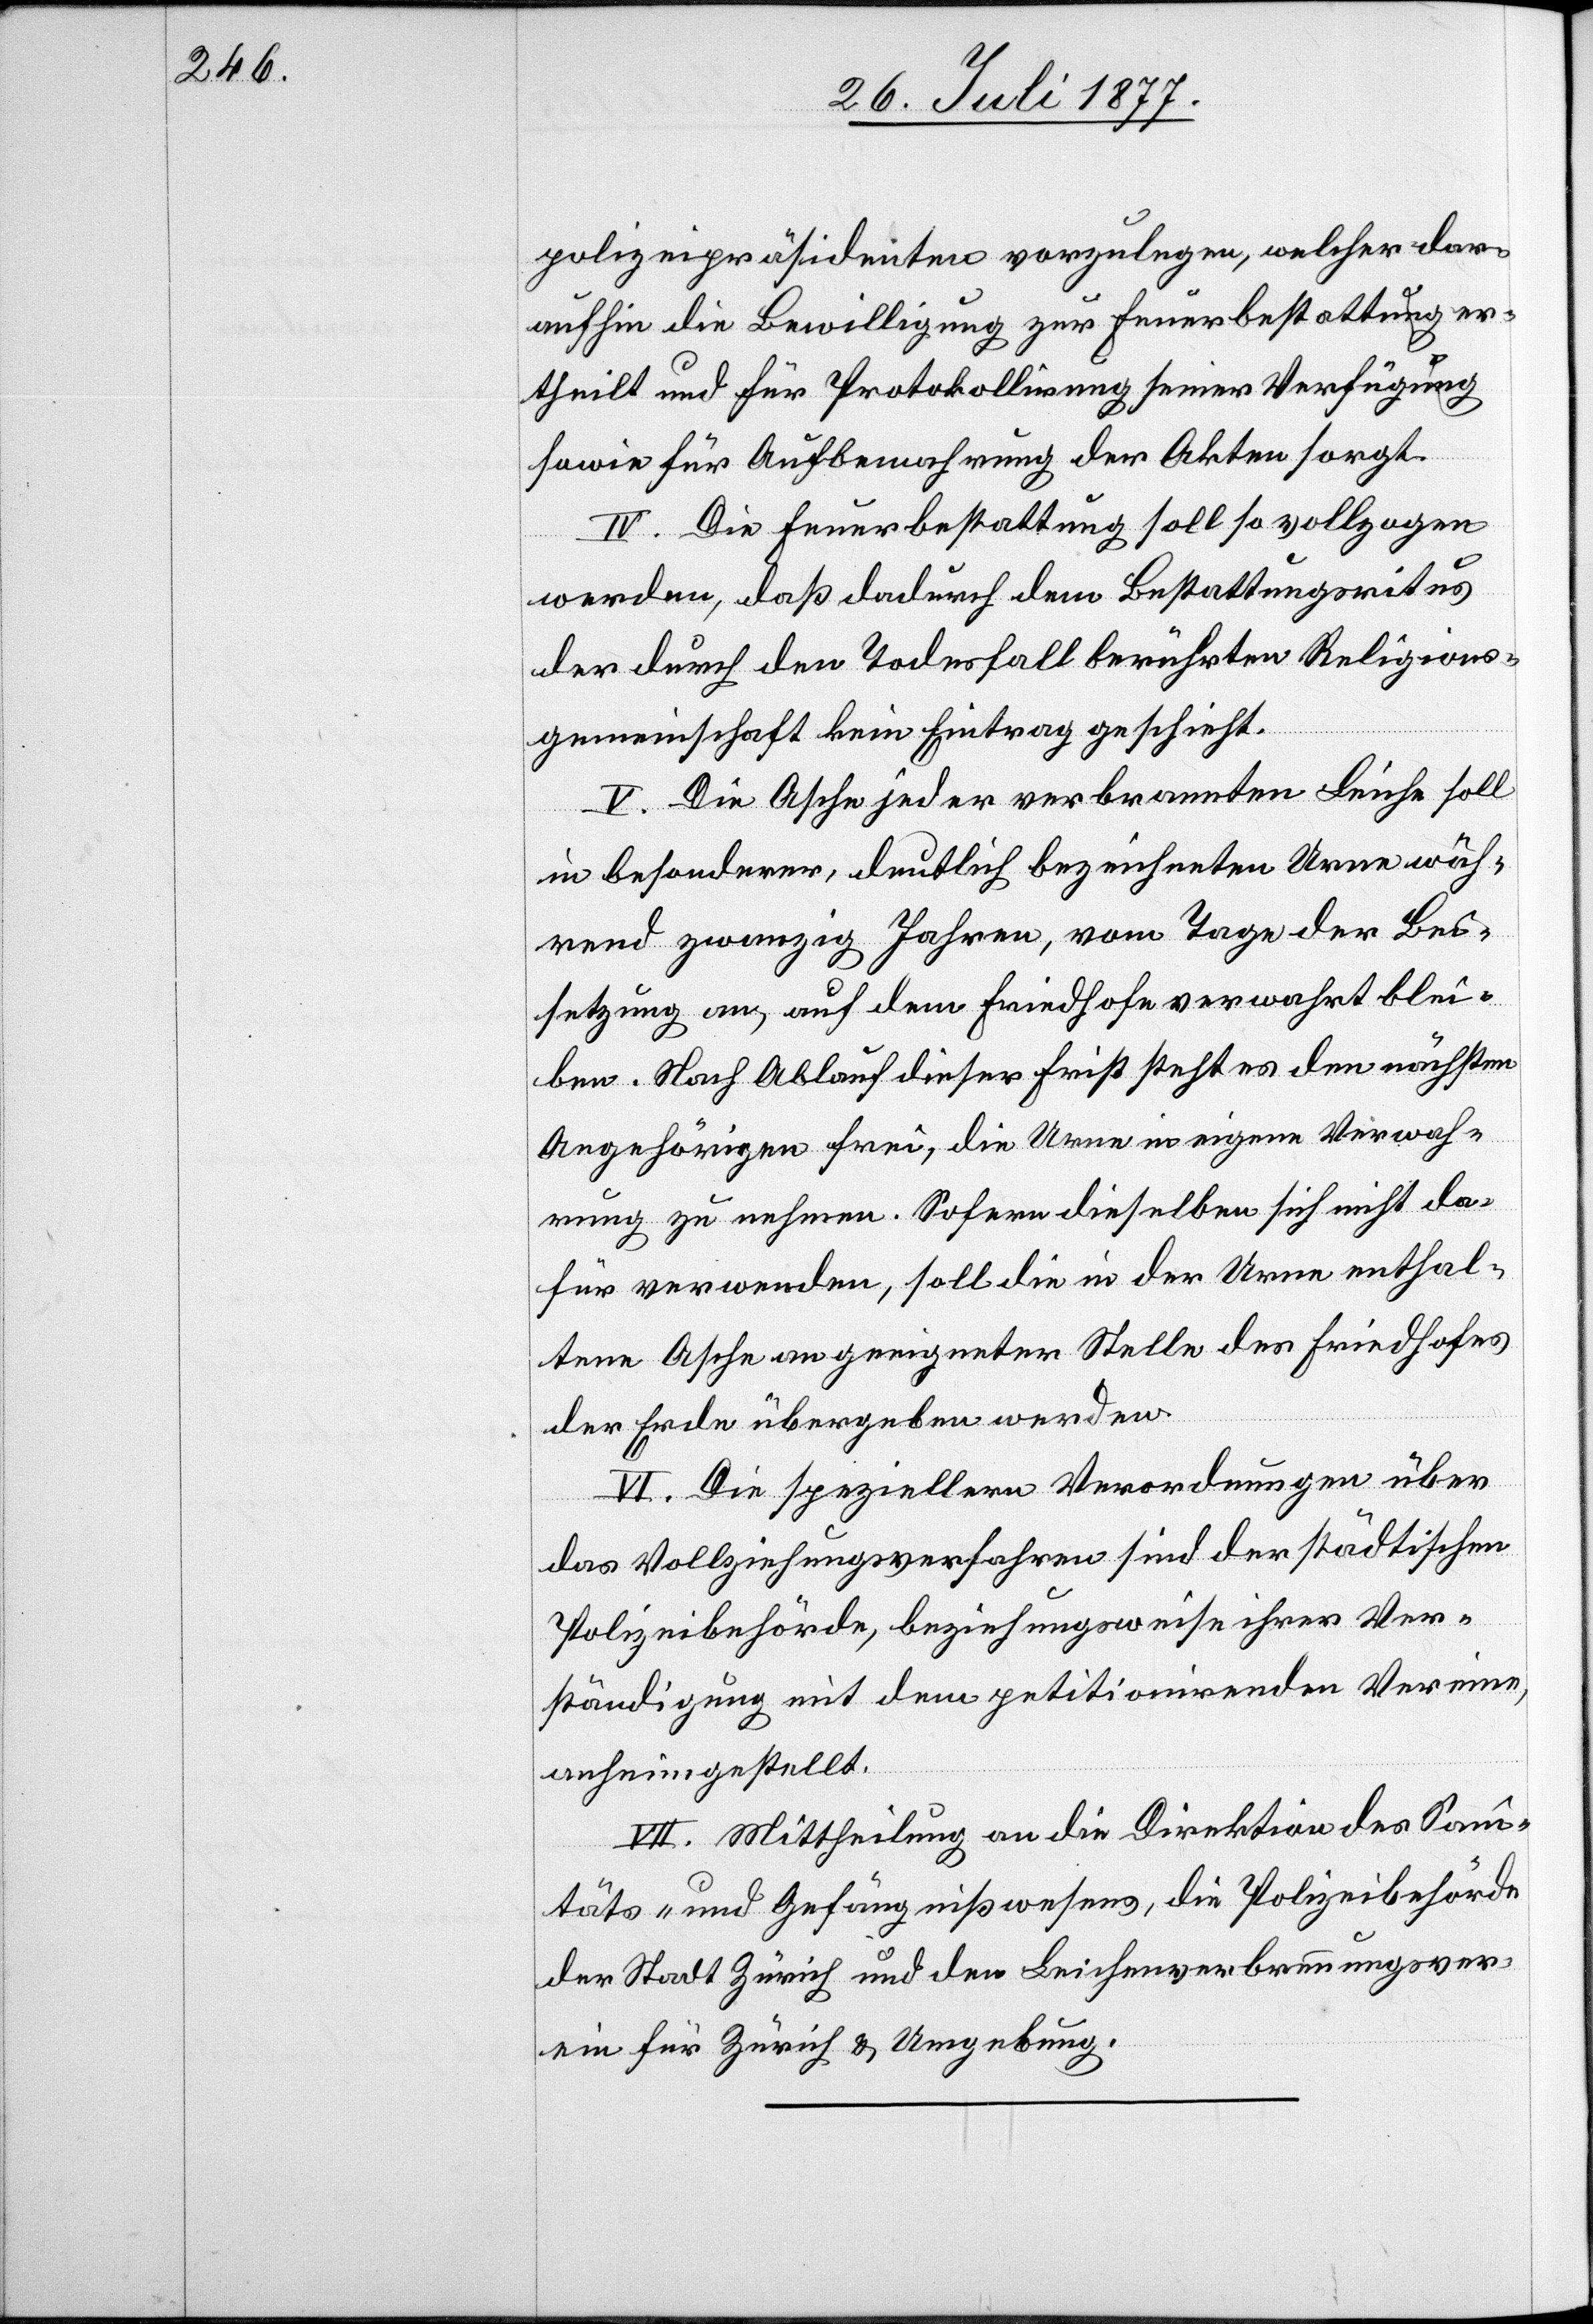
polizeipräsidenten vorzulegen, welcher dar¬
aufhin die Bewilligung zur Feuerbestattung er¬
theilt und für Protokollirung seiner Verfügung
sowie für Aufbewahrung der Akten sorgt.
IV. Die Feuerbestattung soll so vollzogen
werden, daß dadurch dem Bestattungsritus
der durch den Todesfall berührten Religions¬
gemeinschaft kein Eintrag geschieht.
V. Die Asche jeder verbrannten Leiche soll
in besonderer, deutlich bezeichneten Urne wäh¬
rend zwanzig Jahren, vom Tage der Bei¬
setzung an, auf dem Friedhofe verwahrt blei¬
ben. Nach Ablauf dieser Frist steht es den nächsten
Angehörigen frei, die Urne in eigene Verwah¬
rung zu nehmen. Sofern dieselben sich nicht da¬
für verwenden, soll die in der Urne enthal¬
tene Asche an geeigneter Stelle des Friedhofes
der Erde übergeben werden.
VI. Die speziellern Verordnungen über
das Vollziehungsverfahren sind der städtischen
Polizeibehörde, beziehungsweise ihrer Ver¬
ständigung mit dem petitionirenden Vereine,
anheimgestellt.
VII. Mittheilung an die Direktion des Sani¬
täts- und Gefängnißwesens, die Polizeibehörde
der Stadt Zürich und den Leichenverbrennungsver¬
ein für Zürich & Umgebung.